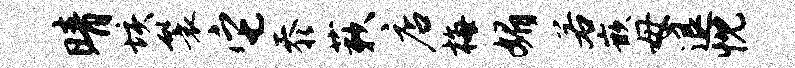
晴垓鬟它忝蔌店梅媚若嵌母退忱